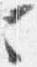
ニ